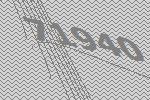
71940